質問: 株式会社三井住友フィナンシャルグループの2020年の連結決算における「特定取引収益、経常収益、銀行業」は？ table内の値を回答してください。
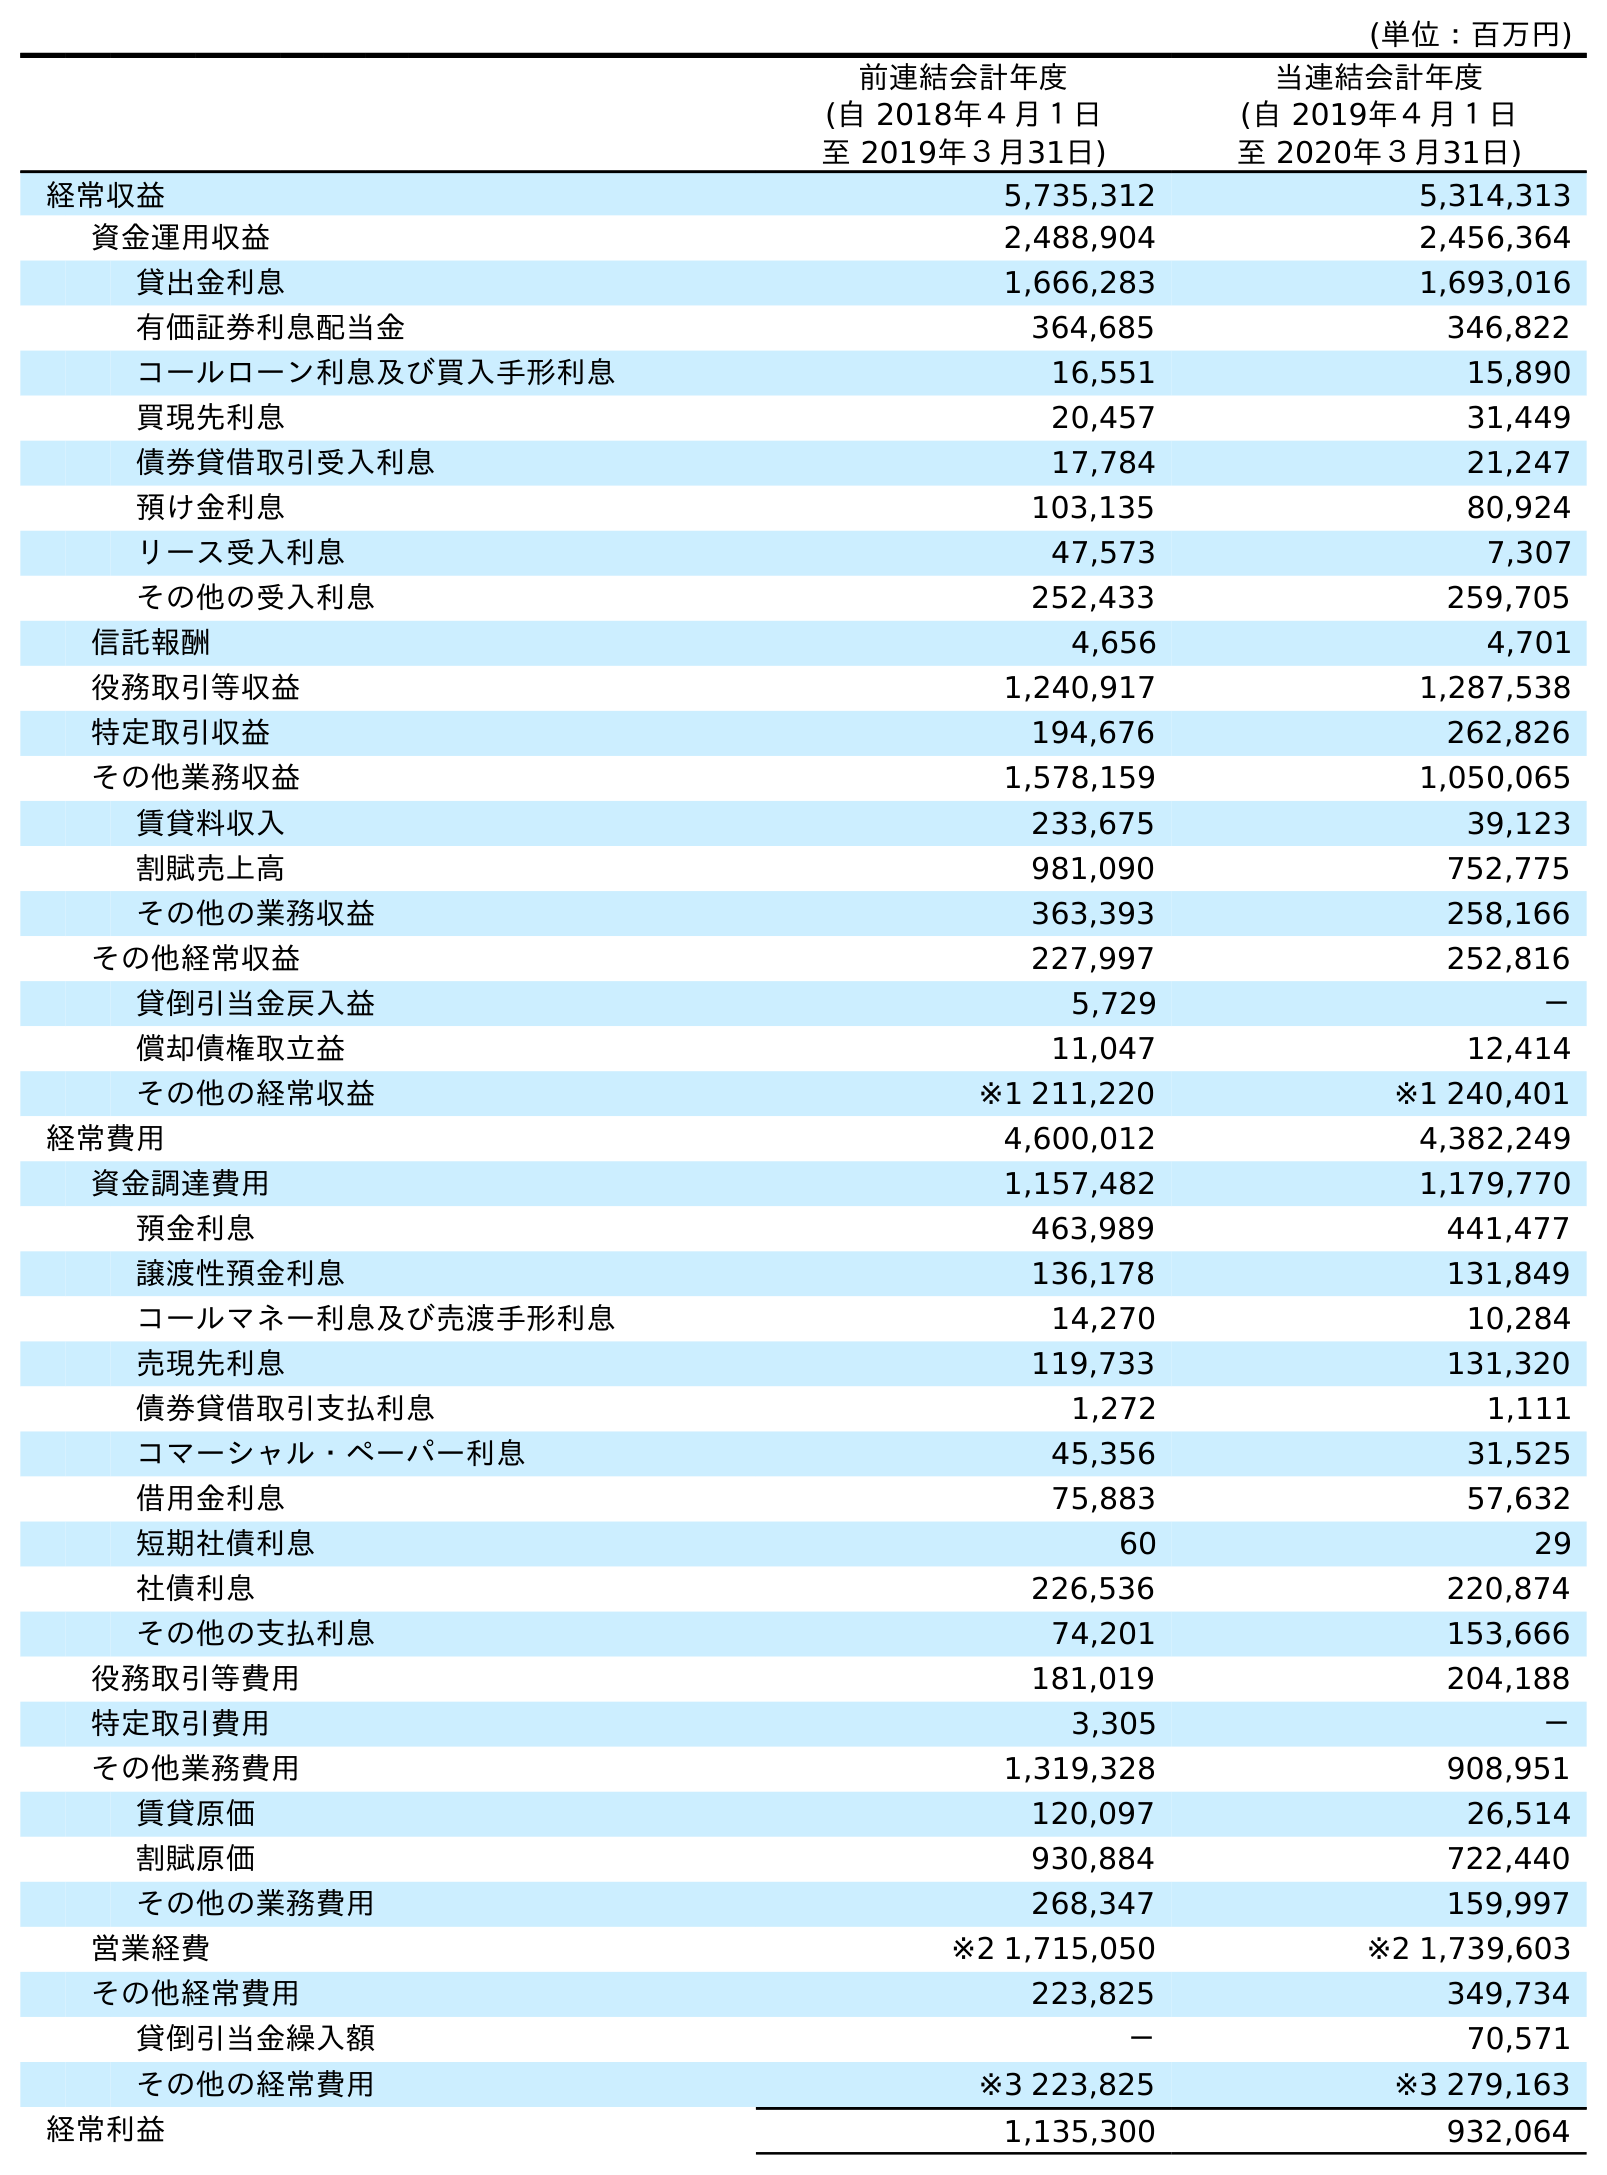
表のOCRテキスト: (単位：百万円) 前連結会計年度 (自 2018年４月１日 至 2019年３月31日) 当連結会計年度 (自 2019年４月１日 至 2020年３月31日) 経常収益 5,735,312 5,314,313 資金運用収益 2,488,904 2,456,364 貸出金利息 1,666,283 1,693,016 有価証券利息配当金 364,685 346,822 コールローン利息及び買入手形利息 16,551 15,890 買現先利息 20,457 31,449 債券貸借取引受入利息 17,784 21,247 預け金利息 103,135 80,924 リース受入利息 47,573 7,307 その他の受入利息 252,433 259,705 信託報酬 4,656 4,701 役務取引等収益 1,240,917 1,287,538 特定取引収益 194,676 262,826 その他業務収益 1,578,159 1,050,065 賃貸料収入 233,675 39,123 割賦売上高 981,090 752,775 その他の業務収益 363,393 258,166 その他経常収益 227,997 252,816 貸倒引当金戻入益 5,729 － 償却債権取立益 11,047 12,414 その他の経常収益 ※1 211,220 ※1 240,401 経常費用 4,600,012 4,382,249 資金調達費用 1,157,482 1,179,770 預金利息 463,989 441,477 譲渡性預金利息 136,178 131,849 コールマネー利息及び売渡手形利息 14,270 10,284 売現先利息 119,733 131,320 債券貸借取引支払利息 1,272 1,111 コマーシャル・ペーパー利息 45,356 31,525 借用金利息 75,883 57,632 短期社債利息 60 29 社債利息 226,536 220,874 その他の支払利息 74,201 153,666 役務取引等費用 181,019 204,188 特定取引費用 3,305 － その他業務費用 1,319,328 908,951 賃貸原価 120,097 26,514 割賦原価 930,884 722,440 その他の業務費用 268,347 159,997 営業経費 ※2 1,715,050 ※2 1,739,603 その他経常費用 223,825 349,734 貸倒引当金繰入額 － 70,571 その他の経常費用 ※3 223,825 ※3 279,163 経常利益 1,135,300 932,064
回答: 262,826